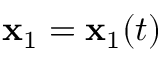
{ \mathbf x } _ { 1 } = { \mathbf x } _ { 1 } ( t )